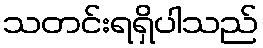
သတင်းရရှိပါသည်